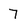
Character: 7